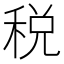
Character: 税